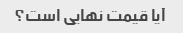
آیا قیمت نهایی است؟